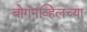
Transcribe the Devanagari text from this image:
बोगनव्हिलच्या